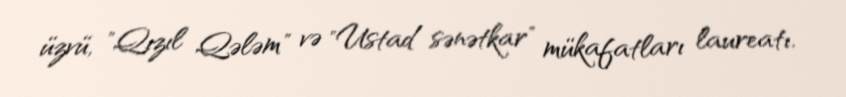
üzvü, "Qızıl Qələm" və "Ustad sənətkar" mükafatları laureatı.